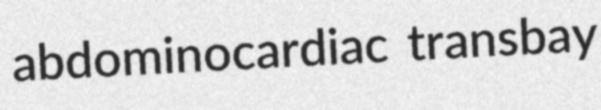
abdominocardiac transbay